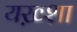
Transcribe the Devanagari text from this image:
यख़्शा